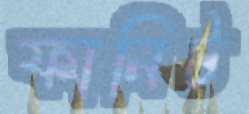
ফানিট